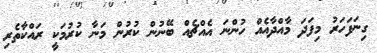
ގިނަފަހަރު މިފަދަ މާއްދާއެއް ހުންނަ އެއްޗެއް ބޭނުން ކުރުން މަނާ ކުރުމަކީ ރައްކާތެރި